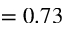
= 0 . 7 3